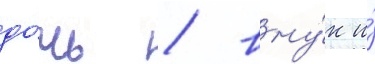
до́чь / вну́к и́